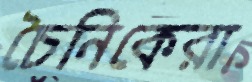
চৈনিকেরা